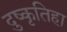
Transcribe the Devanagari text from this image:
दुष्कृतिहा